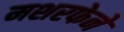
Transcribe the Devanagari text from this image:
मशरफेने